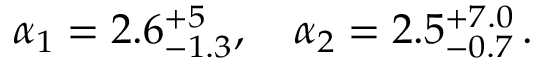
\begin{array} { r } { \alpha _ { 1 } = 2 . 6 _ { - 1 . 3 } ^ { + 5 } , ~ ~ ~ \alpha _ { 2 } = 2 . 5 _ { - 0 . 7 } ^ { + 7 . 0 } \, . } \end{array}